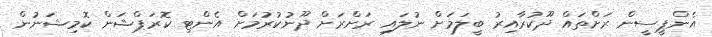
އެންޕީސީން ރަށްތައް ދޫކުރާއިރު ބީލަމަށް ނުލައި ރަށްރަށް ދޫނުކުރުމަށް އެންޓި ކޮރަޕްޝަން ކޮމިޝަނުން